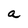
Character: a